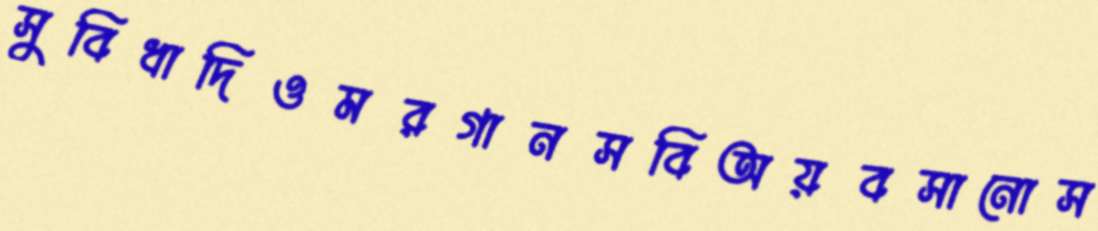
সুবিধাদিওমরগানসবিঅয়বসানোস